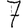
Digit: 7